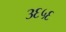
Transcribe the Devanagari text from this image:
३६५६